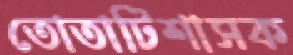
তোতাটিশাসক